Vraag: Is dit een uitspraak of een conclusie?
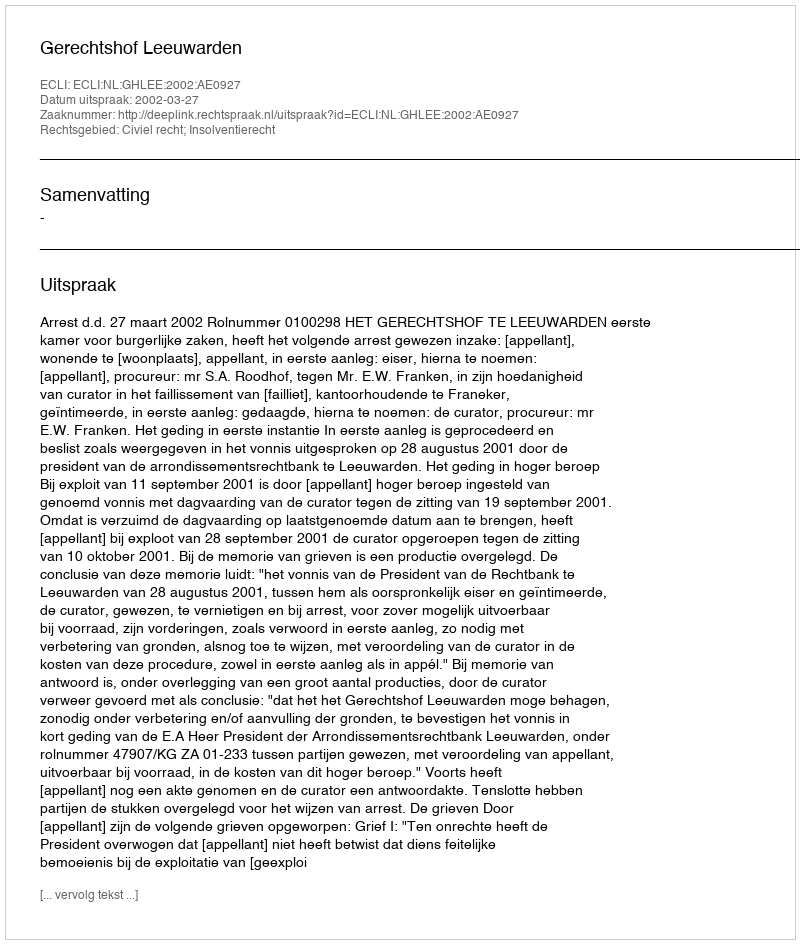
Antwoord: Uitspraak